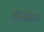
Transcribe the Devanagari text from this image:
तंत्रसंज्ञान